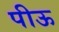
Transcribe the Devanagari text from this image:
पीऊ